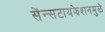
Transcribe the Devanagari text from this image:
सेंन्सटायझेशनमुळे